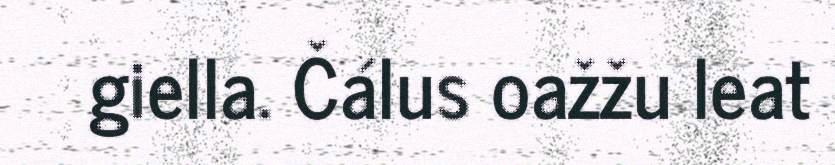
giella. Čálus oažžu leat